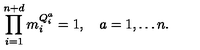
\prod _ { i = 1 } ^ { n + d } m _ { i } ^ { Q _ { i } ^ { a } } = 1 , \quad a = 1 , \ldots n .